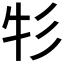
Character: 𰐦